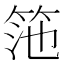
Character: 筂